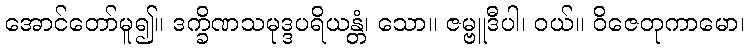
အောင်တော်မူ၍။ ဒက္ခိဏသမုဒ္ဒပရိယန္တံ၊ သော။ ဇမ္ဗူဒီပါ၊ ဝယ်။ ဝိဇေတုကာမော၊